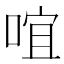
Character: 𠵌